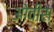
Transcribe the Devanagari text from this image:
ओवीस्